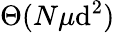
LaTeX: \Theta(N\mu\mathrm{d}^{2})